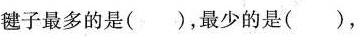
毽子最多的是( )，最无的是( )，